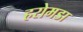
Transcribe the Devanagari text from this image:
हरोमडा